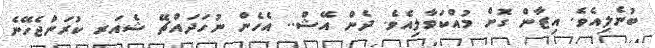
ބުނެލިއެވެ. އިޒާން ގޮށް މުއްކަވާލިއެވެ. ދެން އޭޝް.. އެހެން ނުހަދައްޗޭ ޝެއަރ ކުރަންޖެހޭނެ